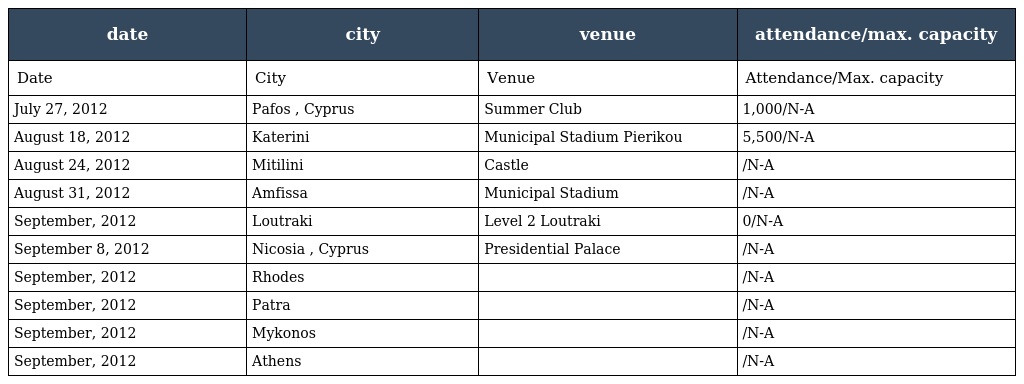
| date | city | venue | attendance/max. capacity |
 | --- | --- | --- | --- |
 | Date | City | Venue | Attendance/Max. capacity |
 | July 27, 2012 | Pafos , Cyprus | Summer Club | 1,000/N-A |
 | August 18, 2012 | Katerini | Municipal Stadium Pierikou | 5,500/N-A |
 | August 24, 2012 | Mitilini | Castle | /N-A |
 | August 31, 2012 | Amfissa | Municipal Stadium | /N-A |
 | September, 2012 | Loutraki | Level 2 Loutraki | 0/N-A |
 | September 8, 2012 | Nicosia , Cyprus | Presidential Palace | /N-A |
 | September, 2012 | Rhodes |  | /N-A |
 | September, 2012 | Patra |  | /N-A |
 | September, 2012 | Mykonos |  | /N-A |
 | September, 2012 | Athens |  | /N-A |